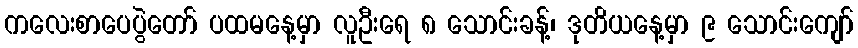
ကလေးစာပေပွဲတော် ပထမနေ့မှာ လူဦးရေ ၈ သောင်းခန့်၊ ဒုတိယနေ့မှာ ၉ သောင်းကျော်